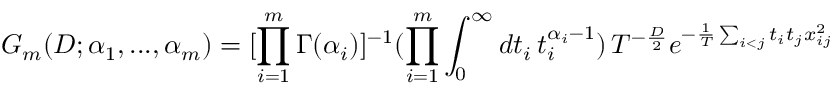
G _ { m } ( D ; \alpha _ { 1 } , . . . , \alpha _ { m } ) = [ \prod _ { i = 1 } ^ { m } \Gamma ( \alpha _ { i } ) ] ^ { - 1 } ( \prod _ { i = 1 } ^ { m } \int _ { 0 } ^ { \infty } d t _ { i } \, t _ { i } ^ { \alpha _ { i } - 1 } ) \, T ^ { - \frac { D } { 2 } } e ^ { - \frac { 1 } { T } \sum _ { i < j } t _ { i } t _ { j } x _ { i j } ^ { 2 } }